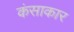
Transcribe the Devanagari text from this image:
कंसाकार